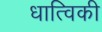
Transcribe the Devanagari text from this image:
धात्विकी